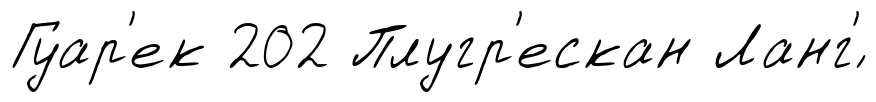
Гуар'ек 202 Плугр'ескан Ланг'́